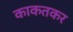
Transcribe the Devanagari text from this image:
काकतकर